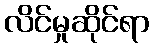
လိင်မှုဆိုင်ရာ